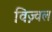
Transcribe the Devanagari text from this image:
विज़्वल